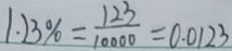
1 . 2 3 \% = \frac { 1 2 3 } { 1 0 0 0 0 } = 0 . 0 1 2 3